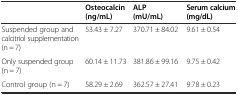
|  | Osteocalcin (ng/mL) | ALP (mU/mL) | Serum calcium (mg/dL) |
 | --- | --- | --- | --- |
 | Suspended group and calcitriol supplementation (n = 7) | 53.43 ± 7.27 | 370.71 ± 84.02 | 9.61 ± 0.54 |
 | Only suspended group (n = 7) | 60.14 ± 11.73 | 381.86 ± 99.16 | 9.75 ± 0.42 |
 | Control group (n = 7) | 58.29 ± 2.69 | 362.57 ± 27.41 | 9.78 ± 0.23 |